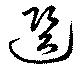
選